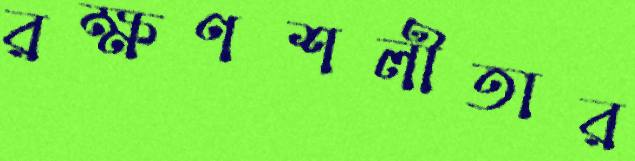
রক্ষণশলীতার